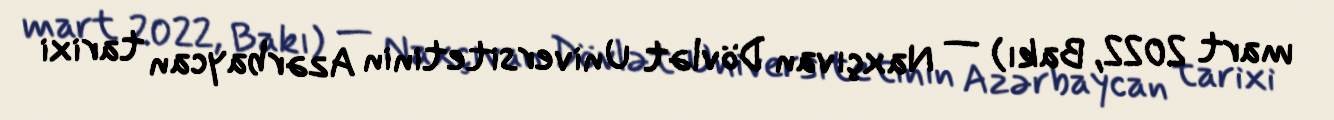
mart 2022, Bakı) — Naxçıvan Dövlət Universitetinin Azərbaycan tarixi